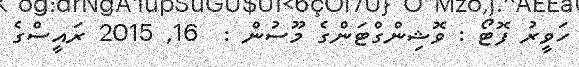
ހަވީރު ފޮޓޯ : ވޮޝިންގްޓަންގެ މޫސުން :  16